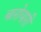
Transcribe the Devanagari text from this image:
बारोयारी